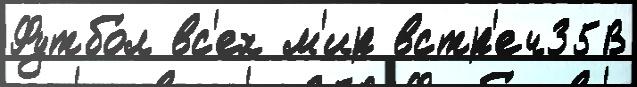
Футбо́л вс'ех м'ир встр'еч35В